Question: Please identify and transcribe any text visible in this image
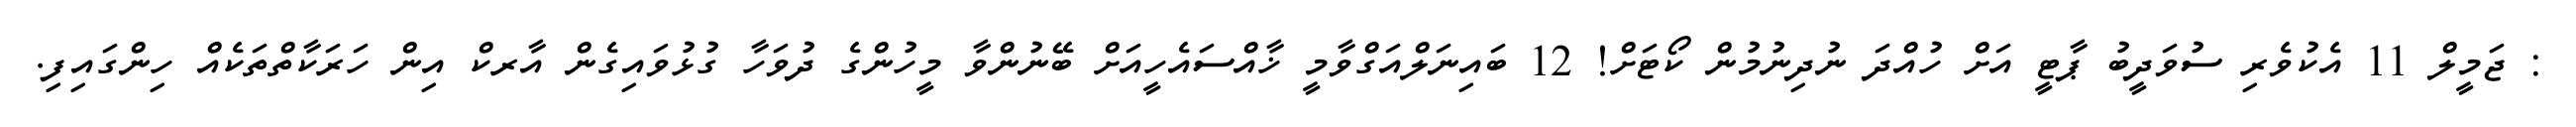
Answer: : ޖަމީލް 11 އެކުވެރި ސުވަދީބު ޕާޓީ އަށް ހުއްދަ ނުދިނުމުން ކޯޓަށް! 12 ބައިނަލްއަގްވާމީ ޚާއްސައެހީއަށް ބޭނުންވާ މީހުންގެ ދުވަހާ ގުޅުވައިގެން އާރކް އިން ހަރަކާތްތަކެއް ހިންގައިފި.